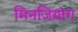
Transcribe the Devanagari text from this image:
मिनजियांग